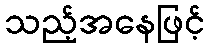
သည့်အနေဖြင့်